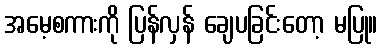
အမေ့စကားကို ပြန်လှန် ချေပခြင်းတော့ မပြု။